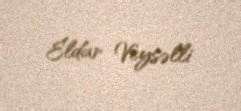
Eldar Veysəlli